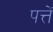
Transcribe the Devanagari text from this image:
पत्तें